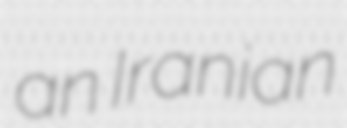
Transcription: an Iranian